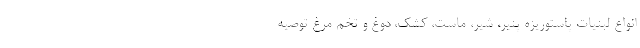
انواع لبنیات پاستوریزه پنیر، شیر، ماست، کشک، دوغ و تخم مرغ توصیه